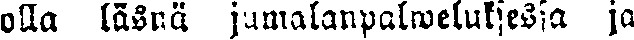
öda länsä jumalanpalweluksessa ja